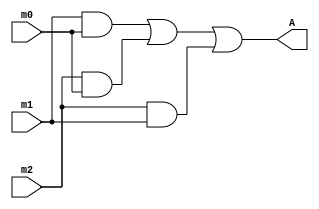
module p5(A, m2, m1, m0);
	output A; 
	input m2, m1, m0;
	
	and and0 (out0, m1, m0);
	and and1 (out1, m2, m0); 
	and and2 (out2, m2, m1); 
	or out (A, out0, out1, out2);
endmodule